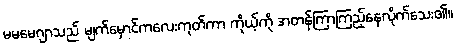
မမမေဂျာသည် မျက်မှောင်ကလေးကုတ်ကာ ကိုယ့်ကို အတန်ကြာကြည့်နေလိုက်သေး၏။